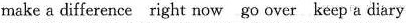
make a difference right now go over keep a diary